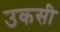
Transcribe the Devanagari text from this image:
उकसी